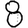
Digit: 8